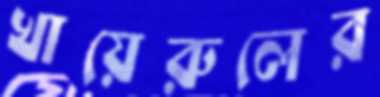
খায়েরুলের